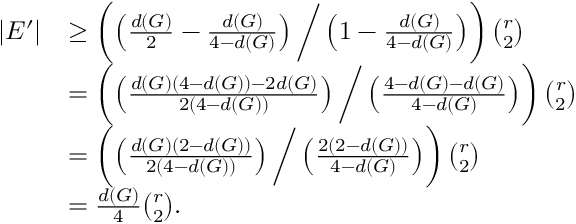
\begin{array} { r l } { | E ^ { \prime } | } & { \ge \left( \left( \frac { d ( G ) } { 2 } - \frac { d ( G ) } { 4 - d ( G ) } \right) \bigg / \left( 1 - \frac { d ( G ) } { 4 - d ( G ) } \right) \right) \binom { r } { 2 } } \\ & { = \left( \left( \frac { d ( G ) ( 4 - d ( G ) ) - 2 d ( G ) } { 2 ( 4 - d ( G ) ) } \right) \bigg / \left( \frac { 4 - d ( G ) - d ( G ) } { 4 - d ( G ) } \right) \right) \binom { r } { 2 } } \\ & { = \left( \left( \frac { d ( G ) ( 2 - d ( G ) ) } { 2 ( 4 - d ( G ) ) } \right) \bigg / \left( \frac { 2 ( 2 - d ( G ) ) } { 4 - d ( G ) } \right) \right) \binom { r } { 2 } } \\ & { = \frac { d ( G ) } { 4 } \binom { r } { 2 } . } \end{array}